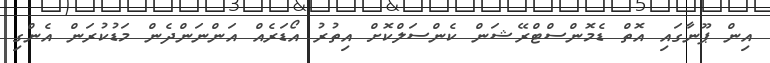
އިން ޕޫނާގައި އޮތް ޑެމޮންސްޓްރޭޝަން ކެންސަލްކޮށް އިތުރު އޯޑަރެއް އަންނަންދެން މަޑުކުރަން އެންގި